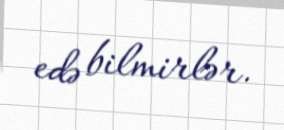
edə bilmirlər.